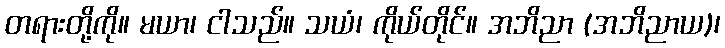
တရားတို့ကို။ မယာ၊ ငါသည်။ သယံ၊ ကိုယ်တိုင်။ အဘိညာ (အဘိညာယ)၊